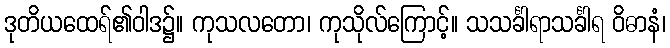
ဒုတိယထေရ်၏ဝါဒ၌။ ကုသလတော၊ ကုသိုလ်ကြောင့်။ သသင်္ခါရာသင်္ခါရ ဝိဓာနံ၊